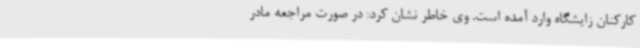
کارکنان زایشگاه وارد آمده است. وی خاطر نشان کرد: در صورت مراجعه مادر